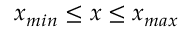
x _ { m i n } \leq x \leq x _ { m a x }